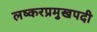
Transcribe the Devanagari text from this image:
लष्करप्रमुखपदी